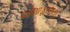
એશાફાલયા